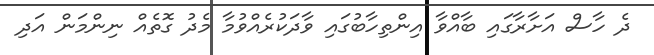
ދެ ހާސް އަށާރާގައި ބާއްވާ އިންތިހާބުގައި ވާދަކުރެއްވުމާ މެދު ގޮތެއް ނިންމަން އަދި